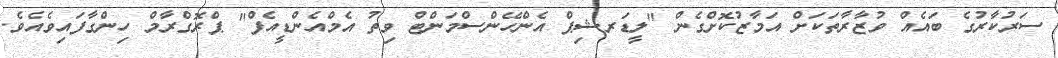
ސަރުކާރުގެ ބައެއް ވުޒާރާތަކަށް އަމާޒުކޮށްގެން "ލީޑަރޝިޕް އެންހޭންސްމަންޓް ވިތު އެމްއެންޑީއެފް" ޕްރޮގްރާމް ހިންގާފައިވެއެވެ.